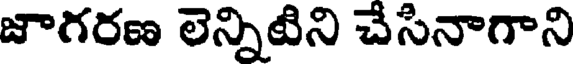
జాగరణ లెన్నిటిని చేసినాగాని